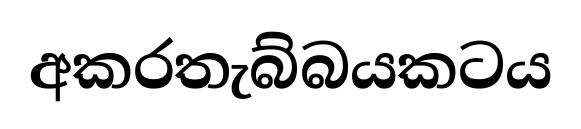
අකරතැබ්බයකටය